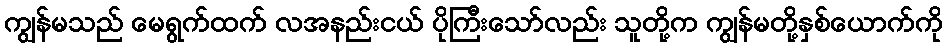
ကျွန်မသည် မေရွက်ထက် လအနည်းငယ် ပိုကြီးသော်လည်း သူတို့က ကျွန်မတို့နှစ်ယောက်ကို